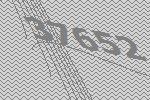
37652